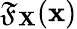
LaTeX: \mathfrak{F}_{\mathbf{{X}}}(\mathbf{{x}})